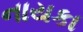
નાયકા